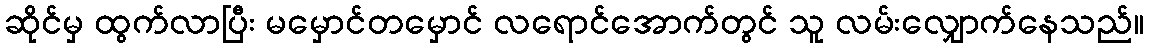
ဆိုင်မှ ထွက်လာပြီး မမှောင်တမှောင် လရောင်အောက်တွင် သူ လမ်းလျှောက်နေသည်။